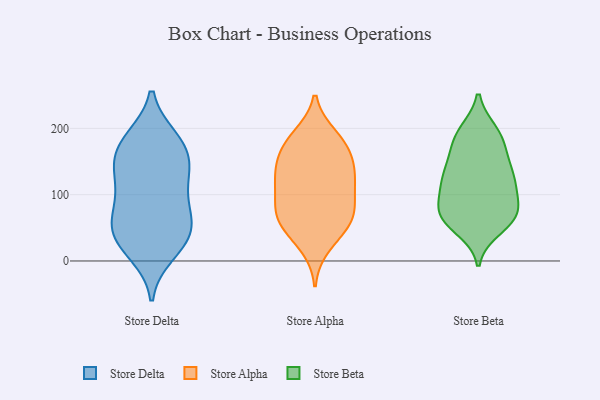
{"axis": {"x": "Revenue (USD Million)", "y": "Value"}, "legend": ["Store Alpha", "Store Beta", "Store Delta"], "data": [{"x": "", "y": 153, "type": "Store Delta"}, {"x": "", "y": 54, "type": "Store Delta"}, {"x": "", "y": 181, "type": "Store Delta"}, {"x": "", "y": 60, "type": "Store Delta"}, {"x": "", "y": 105, "type": "Store Delta"}, {"x": "", "y": 84, "type": "Store Delta"}, {"x": "", "y": 150, "type": "Store Delta"}, {"x": "", "y": 38, "type": "Store Delta"}, {"x": "", "y": 55, "type": "Store Delta"}, {"x": "", "y": 22, "type": "Store Delta"}, {"x": "", "y": 182, "type": "Store Delta"}, {"x": "", "y": 132, "type": "Store Delta"}, {"x": "", "y": 184, "type": "Store Delta"}, {"x": "", "y": 147, "type": "Store Delta"}, {"x": "", "y": 106, "type": "Store Delta"}, {"x": "", "y": 37, "type": "Store Delta"}, {"x": "", "y": 12, "type": "Store Delta"}, {"x": "", "y": 22, "type": "Store Alpha"}, {"x": "", "y": 68, "type": "Store Alpha"}, {"x": "", "y": 118, "type": "Store Alpha"}, {"x": "", "y": 128, "type": "Store Alpha"}, {"x": "", "y": 178, "type": "Store Alpha"}, {"x": "", "y": 142, "type": "Store Alpha"}, {"x": "", "y": 52, "type": "Store Alpha"}, {"x": "", "y": 172, "type": "Store Alpha"}, {"x": "", "y": 189, "type": "Store Alpha"}, {"x": "", "y": 184, "type": "Store Alpha"}, {"x": "", "y": 78, "type": "Store Alpha"}, {"x": "", "y": 113, "type": "Store Alpha"}, {"x": "", "y": 112, "type": "Store Alpha"}, {"x": "", "y": 83, "type": "Store Alpha"}, {"x": "", "y": 59, "type": "Store Alpha"}, {"x": "", "y": 75, "type": "Store Alpha"}, {"x": "", "y": 145, "type": "Store Alpha"}, {"x": "", "y": 149, "type": "Store Alpha"}, {"x": "", "y": 44, "type": "Store Alpha"}, {"x": "", "y": 61, "type": "Store Beta"}, {"x": "", "y": 70, "type": "Store Beta"}, {"x": "", "y": 63, "type": "Store Beta"}, {"x": "", "y": 121, "type": "Store Beta"}, {"x": "", "y": 49, "type": "Store Beta"}, {"x": "", "y": 106, "type": "Store Beta"}, {"x": "", "y": 87, "type": "Store Beta"}, {"x": "", "y": 133, "type": "Store Beta"}, {"x": "", "y": 121, "type": "Store Beta"}, {"x": "", "y": 160, "type": "Store Beta"}, {"x": "", "y": 150, "type": "Store Beta"}, {"x": "", "y": 179, "type": "Store Beta"}, {"x": "", "y": 130, "type": "Store Beta"}, {"x": "", "y": 70, "type": "Store Beta"}, {"x": "", "y": 74, "type": "Store Beta"}, {"x": "", "y": 114, "type": "Store Beta"}, {"x": "", "y": 195, "type": "Store Beta"}, {"x": "", "y": 189, "type": "Store Beta"}, {"x": "", "y": 192, "type": "Store Beta"}, {"x": "", "y": 69, "type": "Store Beta"}]}